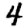
Digit: 4